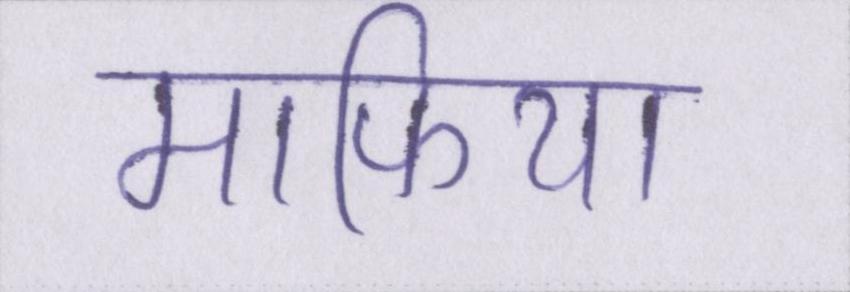
माफिया